Report on sanitation, dispensaries, and jails in Rajputana for 1916, and on vaccination for the year 1916-1917 - 1916-1917
Year: 1916
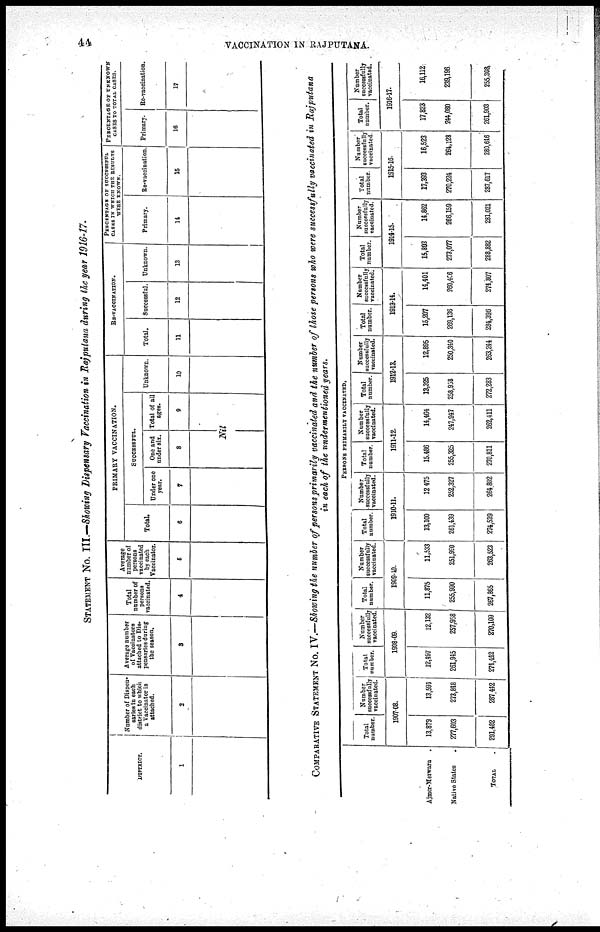
44
VACCINATION IN RAJPUTANA.
STATEMENT NO. III.—Showing Dispensary Vaccination in Rajputana during the year 1916-17.
DISTRICT.
1
Number of Dispen¬
saries in each
district to which
a
Vaccinator is
attached.
2
Average number
of Vaccinators
attached to Dis¬
pensaries during
the season.
3
Total
number of
persons
vaccinated.
4
Average
number of
persons
Vaccinated
by each
Vaccinator.
5
PRIMARY VACCINATION.
Total.
6
SUCCESSFUL.
Under one
year.
7
One and
under six.
8
Total of all
ages.
9
Nil
Unknown.
10
RE-VACCINATION.
Total.
11
Successful.
12
Unknown.
13
PERCENTAGE OF SUCCESSFUL
CASES IN WHICH THE RESULTS
WERE KNOWN.
Primary.
14
Re-vaccination.
16
PERCENTAGE OF UNENOWN
CASES TO TOTAL CASES.
Primary.
16
Re-vaccination.
17
COMPARATIVE STATEMENT No. IV.—Showing the number of persons primarily vaccinated and the number of those persons who were successfully vaccinated in Rajputana
in each of the undermentioned years.
Ajmer-Merwara .
Native States .
TOTAL
.
PERSONS PRIMARILY VACCINATED.
Total
number.
Number
successfully
vaccinated.
1907-08.
13,879
277,603
291,482
13,591
273,848
287,412
Total
number.
Number
successfully
vaecinated.
1908-09.
12,497
261,915
274,442
12,132
257,958
270,109
Total
number.
Number
successfully
vaccinated.
1909-10.
11,875
255,990
267,865
11,533
251,990
263,523
Total
number.
Number
successfully
vaccinated.
1910-11.
13,100
261,439
274,539
12 475
252,327
264.802
Total
number.
Number
successfully
vaccinated.
1911-12.
15.486
255,325
270,811
14,464
247,947
262,411
Total
number.
Number
successfully
vaccinated.
1912-13.
13,325
258,958
272,283
12,895
250,340
263,244
Total
number.
Number
successfully
vaccinated.
1913-14.
15,207
269,136
284,396
14,401
260,406
274,807
Total
number.
Number
successfully
vaccinated.
1914-15.
15,803
273,077
288,882
14,862
266,159
281,021
Total
number.
Number
successfully
vaccinated.
1915-16.
17,393
270,224
287,617
16,523
264,128
280,616
Total
number.
Numbor
successfully
vaccinated.
1916-17.
17,823
244,080
261,903
16,112
239,196
255,308